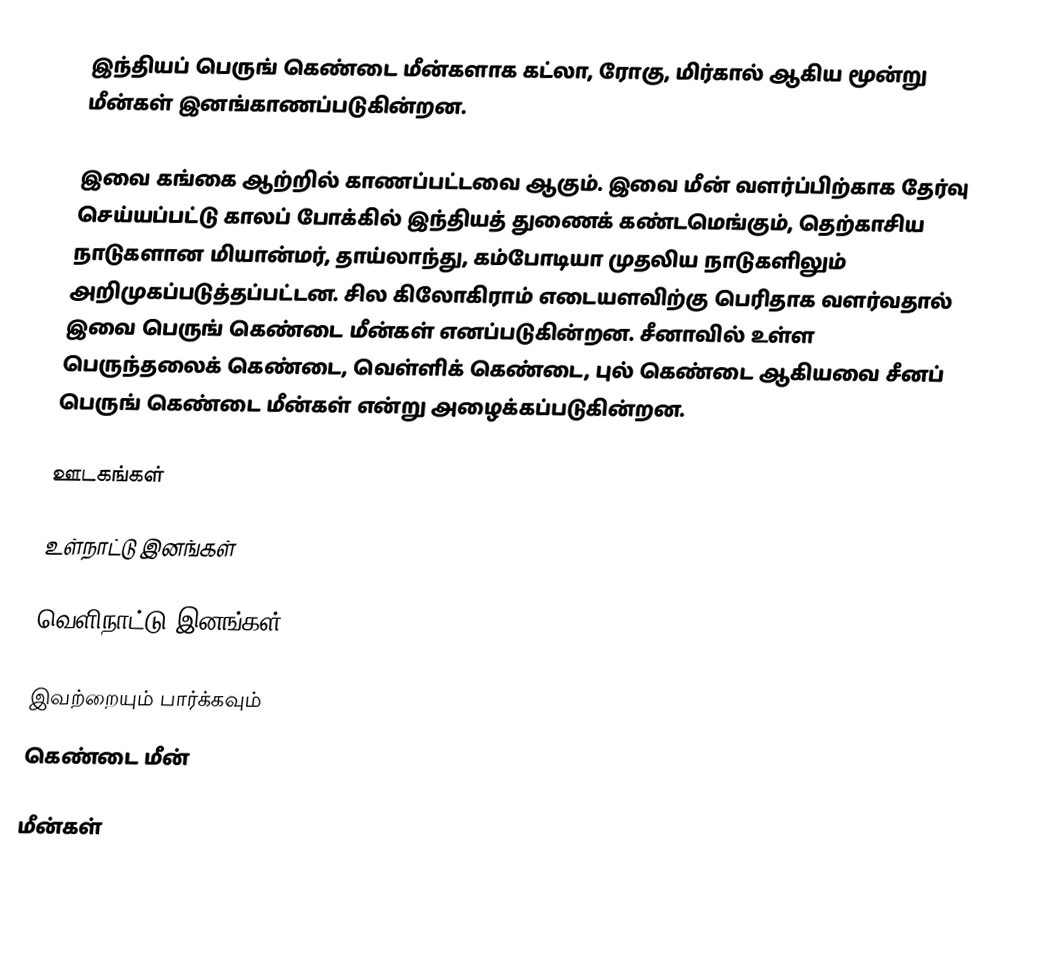
இந்தியப் பெருங் கெண்டை மீன்களாக கட்லா, ரோகு, மிர்கால் ஆகிய மூன்று மீன்கள் இனங்காணப்படுகின்றன.

இவை கங்கை ஆற்றில் காணப்பட்டவை ஆகும். இவை மீன் வளர்ப்பிற்காக தேர்வு செய்யப்பட்டு காலப் போக்கில் இந்தியத் துணைக் கண்டமெங்கும், தெற்காசிய நாடுகளான மியான்மர், தாய்லாந்து, கம்போடியா முதலிய நாடுகளிலும் அறிமுகப்படுத்தப்பட்டன. சில கிலோகிராம் எடையளவிற்கு பெரிதாக வளர்வதால் இவை பெருங் கெண்டை மீன்கள் எனப்படுகின்றன. சீனாவில் உள்ள பெருந்தலைக் கெண்டை, வெள்ளிக் கெண்டை, புல் கெண்டை ஆகியவை சீனப் பெருங் கெண்டை மீன்கள் என்று அழைக்கப்படுகின்றன.

ஊடகங்கள்

உள்நாட்டு இனங்கள்

வெளிநாட்டு இனங்கள்

இவற்றையும் பார்க்கவும்
 கெண்டை மீன்

மீன்கள்